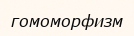
гомоморфизм